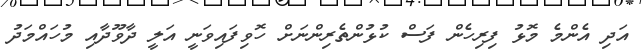
އަދި އެންމެ މޮޅު ފިރިހެން ފަސް ކުޅުންތެރިންނަށް ހޮވިފައިވަނީ އަލީ ދާވޫދާއި މުހައްމަދު